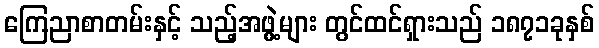
ကြေညာစာတမ်းနှင့် သည့်အဖွဲ့များ တွင်ထင်ရှားသည် ၁၈၇၁ခုနှစ်